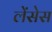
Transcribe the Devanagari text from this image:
लेंसेस